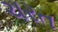
ચરત